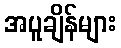
အပူချိန်များ